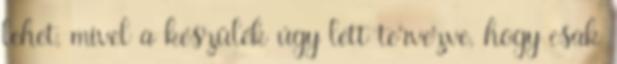
lehet, mivel a készülék úgy lett tervezve, hogy csak